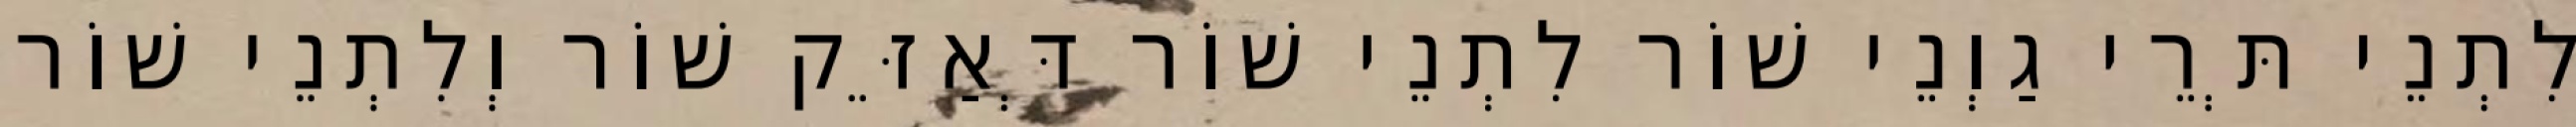
לִתְנֵי תְּרֵי גַוְנֵי שׁוֹר לִתְנֵי שׁוֹר דְּאַזֵּק שׁוֹר וְלִתְנֵי שׁוֹר